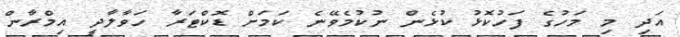
އަދި މި މަހުގެ ފަހުކޮޅު ކުޅެން ނުކުމެވޭނެ ކަމަށް ޑޮކްޓަރާ ހަވާލާދީ އިމްރާން